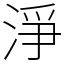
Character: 淨